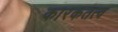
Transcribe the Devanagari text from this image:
कारकतत्व